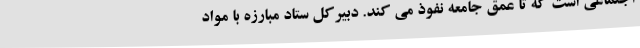
اجتماعی است که تا عمق جامعه نفوذ می کند. دبیرکل ستاد مبارزه با مواد